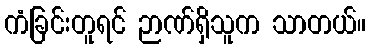
ကံခြင်းတူရင် ဉာဏ်ရှိသူက သာတယ်။